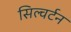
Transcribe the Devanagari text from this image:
सिल्वर्टन